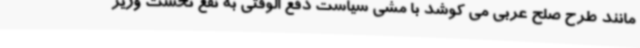
مانند طرح صلح عربی می کوشد با مشی سیاست دفع الوقتی به نفع نخست وزیر